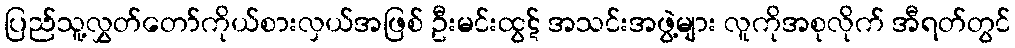
ပြည်သူ့လွှတ်တော်ကိုယ်စားလှယ်အဖြစ် ဦးမင်းထွဋ် အသင်းအဖွဲ့များ လူကိုအစုလိုက် အီရတ်တွင်